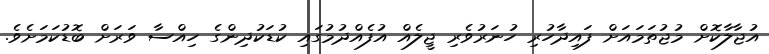
އުޖާލާކޮށް މުޖުތަމައަށް ފައިދާހުރި ހުނަރުވެރި ޖީލެއް އުފެއްދުމުގައި ކުޑަކުދިންގެ ހިއްސާ ވަރަށް ބޮޑުކަމަށެވެ.